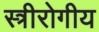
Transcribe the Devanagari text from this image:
स्त्रीरोगीय